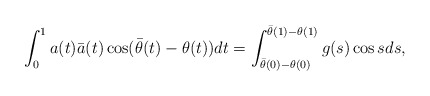
\begin{align*}\int_{0}^{1} a(t)\bar{a}(t)\cos (\bar{\theta}(t)-\theta(t)) dt=\int_{\bar{\theta}(0)-\theta(0)}^{\bar{\theta}(1)-\theta(1)} g(s)\cos s ds,\end{align*}